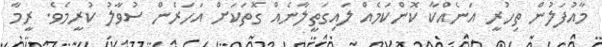
މާއުފަލުން ތިހުރީ އަނެއްކާ ކޮންކަމެއް ލައިގަތީލާނެއް ގޮތަކަށް އަހަރެން ސުވާލު ކުރީމެވެ. ރީމާ